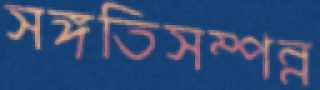
সঙ্গতিসম্পন্ন